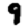
Digit: 9